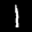
Label: 1